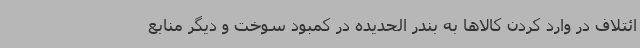
ائتلاف در وارد کردن کالاها به بندر الحدیده در کمبود سوخت و دیگر منابع